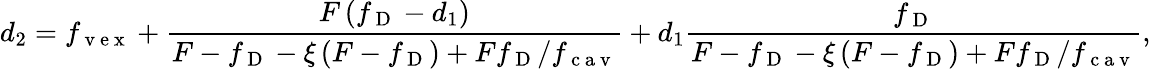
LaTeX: d_{2}=f_{\mathrm{~v~e~x~}}+\frac{F\left(f_{\mathrm{~D~}}-d_{1}\right)}{F-f_{\mathrm{~D~}}-\xi\left(F-f_{\mathrm{~D~}}\right)+Ff_{\mathrm{~D~}}/f_{\mathrm{~c~a~v~}}}+d_{1}\frac{f_{\mathrm{~D~}}}{F-f_{\mathrm{~D~}}-\xi\left(F-f_{\mathrm{~D~}}\right)+Ff_{\mathrm{~D~}}/f_{\mathrm{~c~a~v~}}},